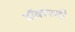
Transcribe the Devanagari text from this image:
डॉक्टरनी